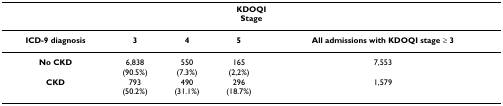
| <COLSPAN=5> KDOQIStage |
 | --- | --- | --- | --- | --- |
 | ICD-9 diagnosis | 3 | 4 | 5 | All admissions with KDOQI stage ≥ 3 |
 | No CKD | 6,838(90.5%) | 550(7.3%) | 165(2,2%) | 7,553 |
 | CKD | 793(50.2%) | 490(31.1%) | 296(18.7%) | 1,579 |